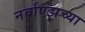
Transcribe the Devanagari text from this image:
नर्वाएझच्या